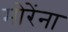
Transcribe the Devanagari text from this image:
मोरेंना